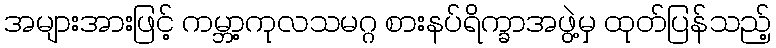
အများအားဖြင့် ကမ္ဘာ့ကုလသမဂ္ဂ စားနပ်ရိက္ခာအဖွဲ့မှ ထုတ်ပြန်သည့်